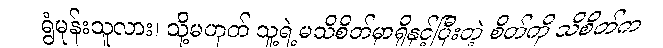
ရွံမုန်းသူလား၊ သို့မဟုတ် သူ့ရဲ့မသိစိတ်မှာရှိနှင့်ပြီးတဲ့ စိတ်ကို သိစိတ်က